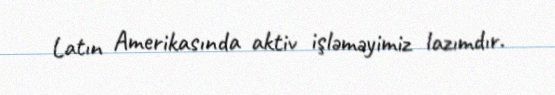
Latın Amerikasında aktiv işləməyimiz lazımdır.